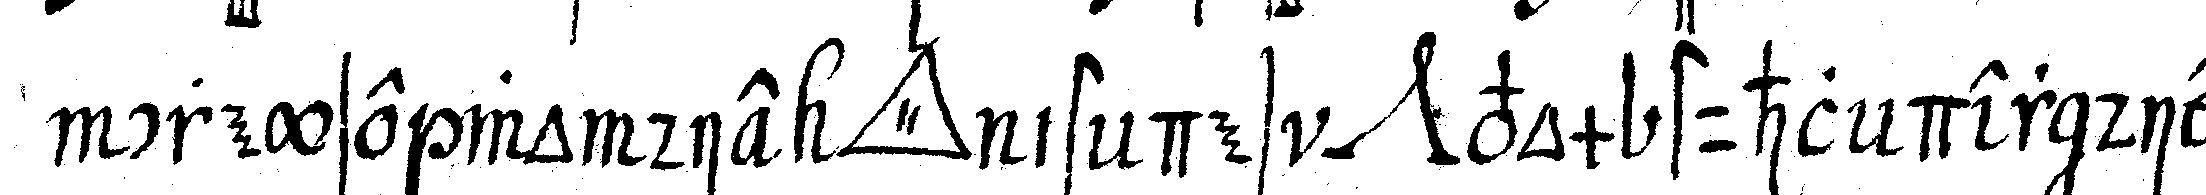
creyse wo die *tri..* ist des *nee* vom stuhl der die